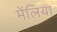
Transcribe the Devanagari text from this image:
मेंलिया